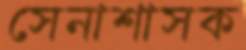
সেনাশাসক